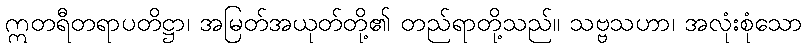
ဣတရီတရာပတိဋ္ဌာ၊ အမြတ်အယုတ်တို့၏ တည်ရာတို့သည်။ သဗ္ဗသဟာ၊ အလုံးစုံသော